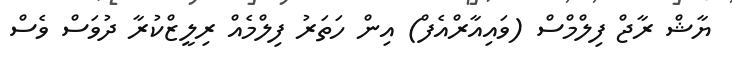
ޔާޝް ރާޖް ފިލްމްސް (ވައިއާރްއެފް) އިން ހަތަރު ފިލްމެއް ރިލީޒްކުރާ ދުވަސް ވެސް